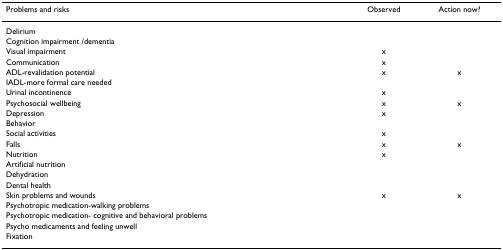
<table><thead><tr><td><b>Problems and risks</b></td><td><b>Observed</b></td><td><b>Action now?</b></td></tr></thead><tbody><tr><td>Delirium</td><td></td><td></td></tr><tr><td>Cognition impairment /dementia</td><td></td><td></td></tr><tr><td>Visual impairment</td><td>x</td><td></td></tr><tr><td>Communication</td><td>x</td><td></td></tr><tr><td>ADL-revalidation potential</td><td>x</td><td>x</td></tr><tr><td>IADL-more formal care needed</td><td></td><td></td></tr><tr><td>Urinal incontinence</td><td>x</td><td></td></tr><tr><td>Psychosocial wellbeing</td><td>x</td><td>x</td></tr><tr><td>Depression</td><td>x</td><td></td></tr><tr><td>Behavior</td><td></td><td></td></tr><tr><td>Social activities</td><td>x</td><td></td></tr><tr><td>Falls</td><td>x</td><td>x</td></tr><tr><td>Nutrition</td><td>x</td><td></td></tr><tr><td>Artificial nutrition</td><td></td><td></td></tr><tr><td>Dehydration</td><td></td><td></td></tr><tr><td>Dental health</td><td></td><td></td></tr><tr><td>Skin problems and wounds</td><td>x</td><td>x</td></tr><tr><td>Psychotropic medication-walking problems</td><td></td><td></td></tr><tr><td>Psychotropic medication- cognitive and behavioral problems</td><td></td><td></td></tr><tr><td>Psycho medicaments and feeling unwell</td><td></td><td></td></tr><tr><td>Fixation</td><td></td><td></td></tr></tbody></table>